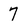
Character: 7